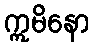
ဣမိနော